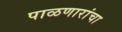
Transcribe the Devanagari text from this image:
पाळणारांचा